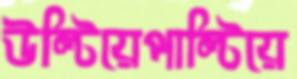
উল্টিয়েপাল্টিয়ে